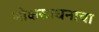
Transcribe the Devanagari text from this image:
मोक्षसाधनाचा